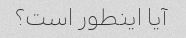
آیا اینطور است؟